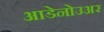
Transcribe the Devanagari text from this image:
आडेनोउअर